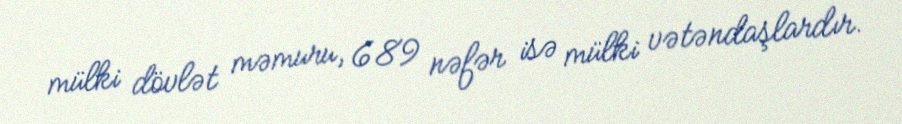
mülki dövlət məmuru, 689 nəfər isə mülki vətəndaşlardır.